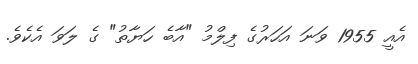
އެއީ 1955 ވަނަ އަހަރުގެ ފިލްމު "އާބެ ހަޔާތު" ގެ ލަވަ އެކެވެ.